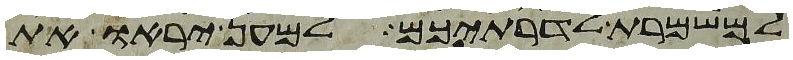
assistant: למשמרת לדרתיכם למען יראו את